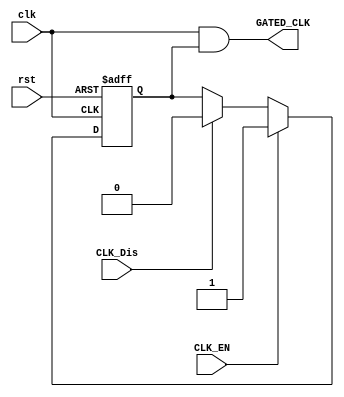
module CLK_GATE_L1 (CLK_EN,CLK_Dis,clk,rst,GATED_CLK);
input      CLK_EN,CLK_Dis;
input      clk,rst;
output     GATED_CLK;
//internal connections
reg   flag;

//latch (Level Sensitive Device)
always @(posedge clk or negedge rst)
 begin
	if (!rst)
		flag<=1'b1;
	else if (CLK_EN)
		flag<=1'b1;
	else if (CLK_Dis)
		flag<=1'b0;		
 end 
// ANDING
assign  GATED_CLK = clk && flag ;

endmodule